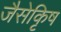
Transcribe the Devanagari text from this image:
जैसेकृिष